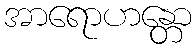
အာရောဟန္တော